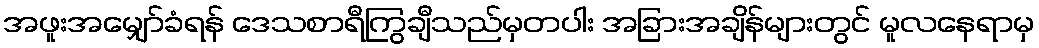
အဖူးအမျှော်ခံရန် ဒေသစာရီကြွချီသည်မှတပါး အခြားအချိန်များတွင် မူလနေရာမှ